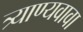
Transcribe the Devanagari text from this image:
त्र्याण्यवावा